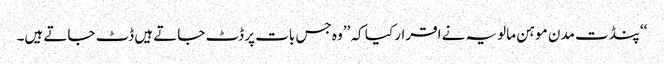
‘‘پنڈت مدن موہن مالویہ نے اقرار کیا کہ ’’وہ جس بات پر ڈٹ جاتے ہیں ڈٹ جاتے ہیں۔